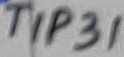
Text: TIP31